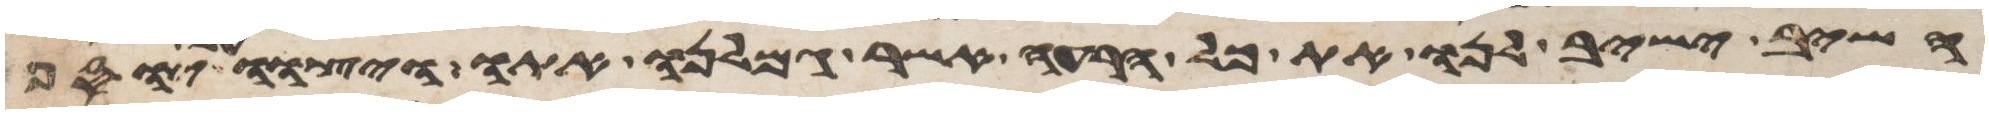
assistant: השב ישיב לנו את כל הרעה אשר גמלנו אתו ויצוו על יוסף